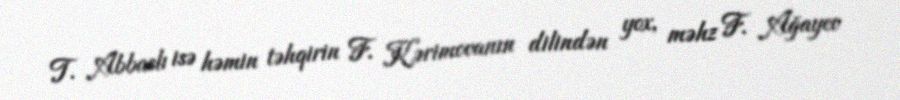
T. Abbaslı isə həmin təhqirin F. Kərimovanın dilindən yox, məhz F. Ağayev